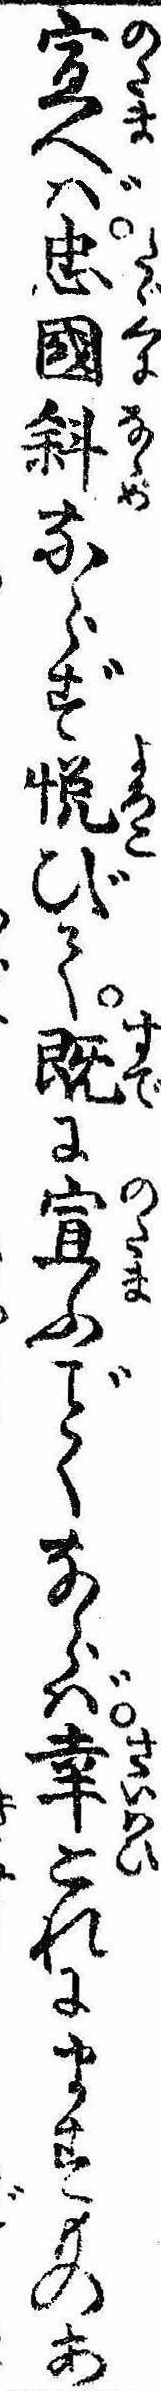
宣へば忠国斜ならず悦びて既に宣ふくならば幸これにますものあ